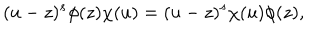
LaTeX: ( u - z ) ^ { s } \phi ( z ) \chi ( u ) = ( u - z ) ^ { s } \chi ( u ) \phi ( z ) ,